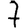
Digit: 7